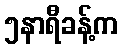
၅နာရီခန့်က